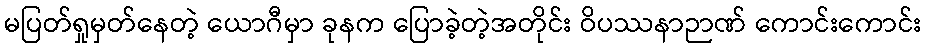
မပြတ်ရှုမှတ်နေတဲ့ ယောဂီမှာ ခုနက ပြောခဲ့တဲ့အတိုင်း ဝိပဿနာဉာဏ် ကောင်းကောင်း